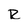
Character: R